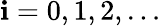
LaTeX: \mathbf{i}=0,1,2,\dots